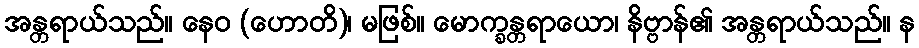
အန္တရာယ်သည်။ နေဝ (ဟောတိ)၊ မဖြစ်။ မောက္ခန္တရာယော၊ နိဗ္ဗာန်၏ အန္တရာယ်သည်။ န